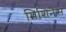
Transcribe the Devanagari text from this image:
मिशिनेस